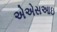
એએસઆઇ